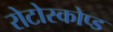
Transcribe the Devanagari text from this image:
रोटोस्कोप्ड